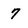
Character: 7